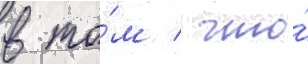
в то́м / что́